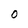
Character: O